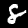
Label: 8